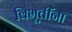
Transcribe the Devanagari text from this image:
विभूतींना